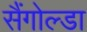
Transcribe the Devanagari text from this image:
सैंगोल्डा